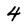
Character: 4